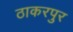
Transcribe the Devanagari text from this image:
ठाकरपुर